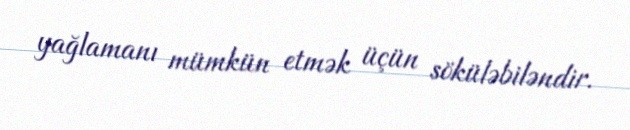
yağlamanı mümkün etmək üçün söküləbiləndir.